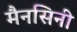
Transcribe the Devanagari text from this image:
मैनसिनी